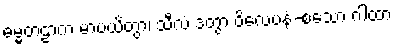
ဓမ္မတဠာကံ မာပယိတွာ၊ သီလံ ဒတွာ ဝိလေပနံ-စသော ဂါထာ